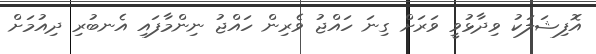
އޮފިޝަލަކު ވިދާޅުވީ ވަރަށް ގިނަ ހައްޖު ވެރިން ހައްޖު ނިންމާފައި އެނބުރި ދިއުމަށް